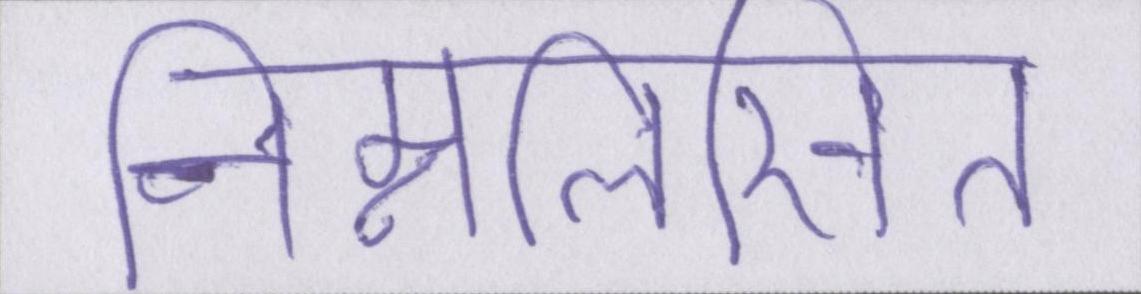
निम्नलिखित